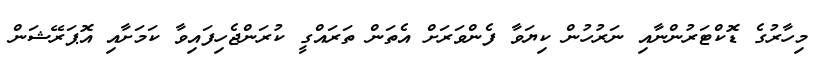
މިހާރުގެ ޑޮކްޓަރުންނާއި ނަރުހުން ކިޔަވާ ފެންވަރަށް އެތަން ތަރައްގީ ކުރަންޖެހިފައިވާ ކަމަށާއި އޮޕަރޭޝަން